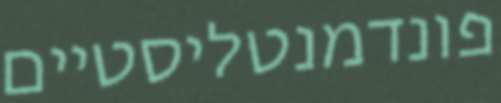
פונדמנטליסטיים